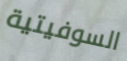
السوفيتية